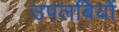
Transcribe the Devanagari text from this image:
उपलबियों